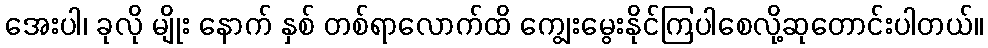
အေးပါ၊ ခုလို မျိုး နောက် နှစ် တစ်ရာလောက်ထိ ကျွေးမွေးနိုင်ကြပါစေလို့ဆုတောင်းပါတယ်။